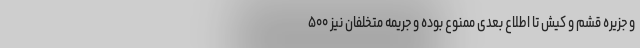
و جزیره قشم و کیش تا اطلاع بعدی ممنوع بوده و جریمه متخلفان نیز ۵۰۰